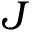
J